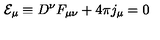
{ \cal E } _ { \mu } \equiv D ^ { \nu } F _ { \mu \nu } + 4 \pi j _ { \mu } = 0